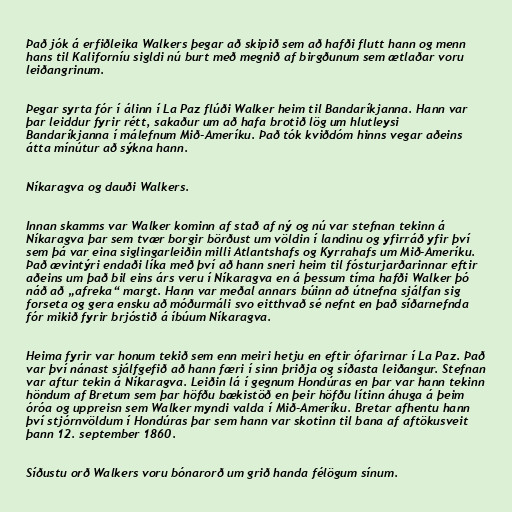
Það jók á erfiðleika Walkers þegar að skipið sem að hafði flutt hann og menn
hans til Kaliforníu sigldi nú burt með megnið af birgðunum sem ætlaðar voru
leiðangrinum.

Þegar syrta fór í álinn í La Paz flúði Walker heim til Bandaríkjanna. Hann var
þar leiddur fyrir rétt, sakaður um að hafa brotið lög um hlutleysi
Bandaríkjanna í málefnum Mið-Ameríku. Það tók kviðdóm hinns vegar aðeins
átta mínútur að sýkna hann.

Níkaragva og dauði Walkers.

Innan skamms var Walker kominn af stað af ný og nú var stefnan tekinn á
Níkaragva þar sem tvær borgir börðust um völdin í landinu og yfirráð yfir því
sem þá var eina siglingarleiðin milli Atlantshafs og Kyrrahafs um Mið-Ameríku.
Það ævintýri endaði líka með því að hann sneri heim til fósturjarðarinnar eftir
aðeins um það bil eins árs veru í Níkaragva en á þessum tíma hafði Walker þó
náð að „afreka“ margt. Hann var meðal annars búinn að útnefna sjálfan sig
forseta og gera ensku að móðurmáli svo eitthvað sé nefnt en það síðarnefnda
fór mikið fyrir brjóstið á íbúum Níkaragva.

Heima fyrir var honum tekið sem enn meiri hetju en eftir ófarirnar í La Paz. Það
var því nánast sjálfgefið að hann færi í sinn þriðja og síðasta leiðangur. Stefnan
var aftur tekin á Níkaragva. Leiðin lá í gegnum Hondúras en þar var hann tekinn
höndum af Bretum sem þar höfðu bækistöð en þeir höfðu lítinn áhuga á þeim
óróa og uppreisn sem Walker myndi valda í Mið-Ameríku. Bretar afhentu hann
því stjórnvöldum í Hondúras þar sem hann var skotinn til bana af aftökusveit
þann 12. september 1860.

Síðustu orð Walkers voru bónarorð um grið handa félögum sínum.